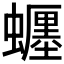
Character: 𧓋